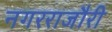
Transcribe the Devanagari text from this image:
नगरराजौरी